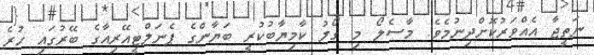
ނަތީޖާ އެއްވަރުކޮށްދިނުމެވެ. މާސެލޯ މި ގޯލު ކާމިޔާބުކުރީ ބަޔާންގެ ޕެނަލްޓީއޭރިއާގެ ބޭރުގައި ހުރެ